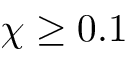
\chi \geq 0 . 1